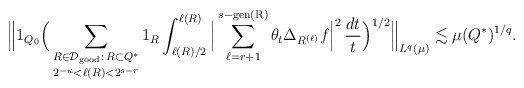
\begin{align*} \Big\| 1_{Q_0} \Big( \mathop{\sum_{R \in \mathcal{D}_{\textup{good}}:\, R \subset Q^*}}_{2^{-\kappa} < \ell(R) < 2^{s-r}} 1_{R} \int_{\ell(R)/2}^{\ell(R)} \Big| \mathop{\sum_{\ell=r+1}^{s-\textup{gen(R)}}} \theta_t \Delta_{R^{(\ell)}} f \Big|^2\, \frac{dt}{t}\Big)^{1/2} \Big\|_{L^q(\mu)} \lesssim \mu(Q^*)^{1/q}.\end{align*}